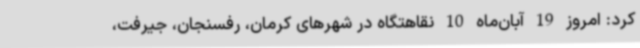
کرد: امروز 19 آبان‌ماه 10 نقاهتگاه در شهرهای کرمان، رفسنجان، جیرفت،